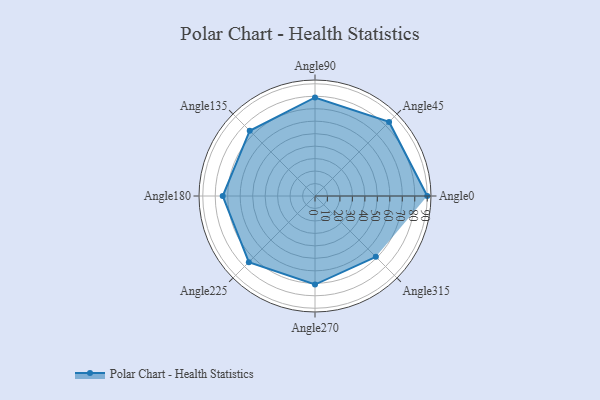
{"axis": {"x": "Angle", "y": "Radius"}, "legend": [""], "data": [{"x": "Angle0", "y": 90.0, "type": ""}, {"x": "Angle45", "y": 84.0, "type": ""}, {"x": "Angle90", "y": 79.0, "type": ""}, {"x": "Angle135", "y": 74.0, "type": ""}, {"x": "Angle180", "y": 74.0, "type": ""}, {"x": "Angle225", "y": 75.0, "type": ""}, {"x": "Angle270", "y": 71.0, "type": ""}, {"x": "Angle315", "y": 69.0, "type": ""}]}